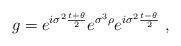
LaTeX: \begin{align*}g=e^{i\sigma^2\frac{t+\theta}{2}}e^{\sigma^3\rho}e^{i\sigma^2\frac{t-\theta}{2}}~,\end{align*}